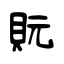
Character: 貦